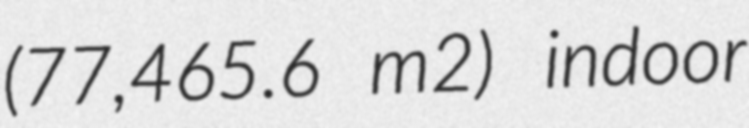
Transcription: (77,465.6 m2) indoor